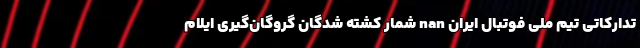
تدارکاتی تیم ملی فوتبال ایران nan شمار کشته شدگان گروگان‌گیری ایلام